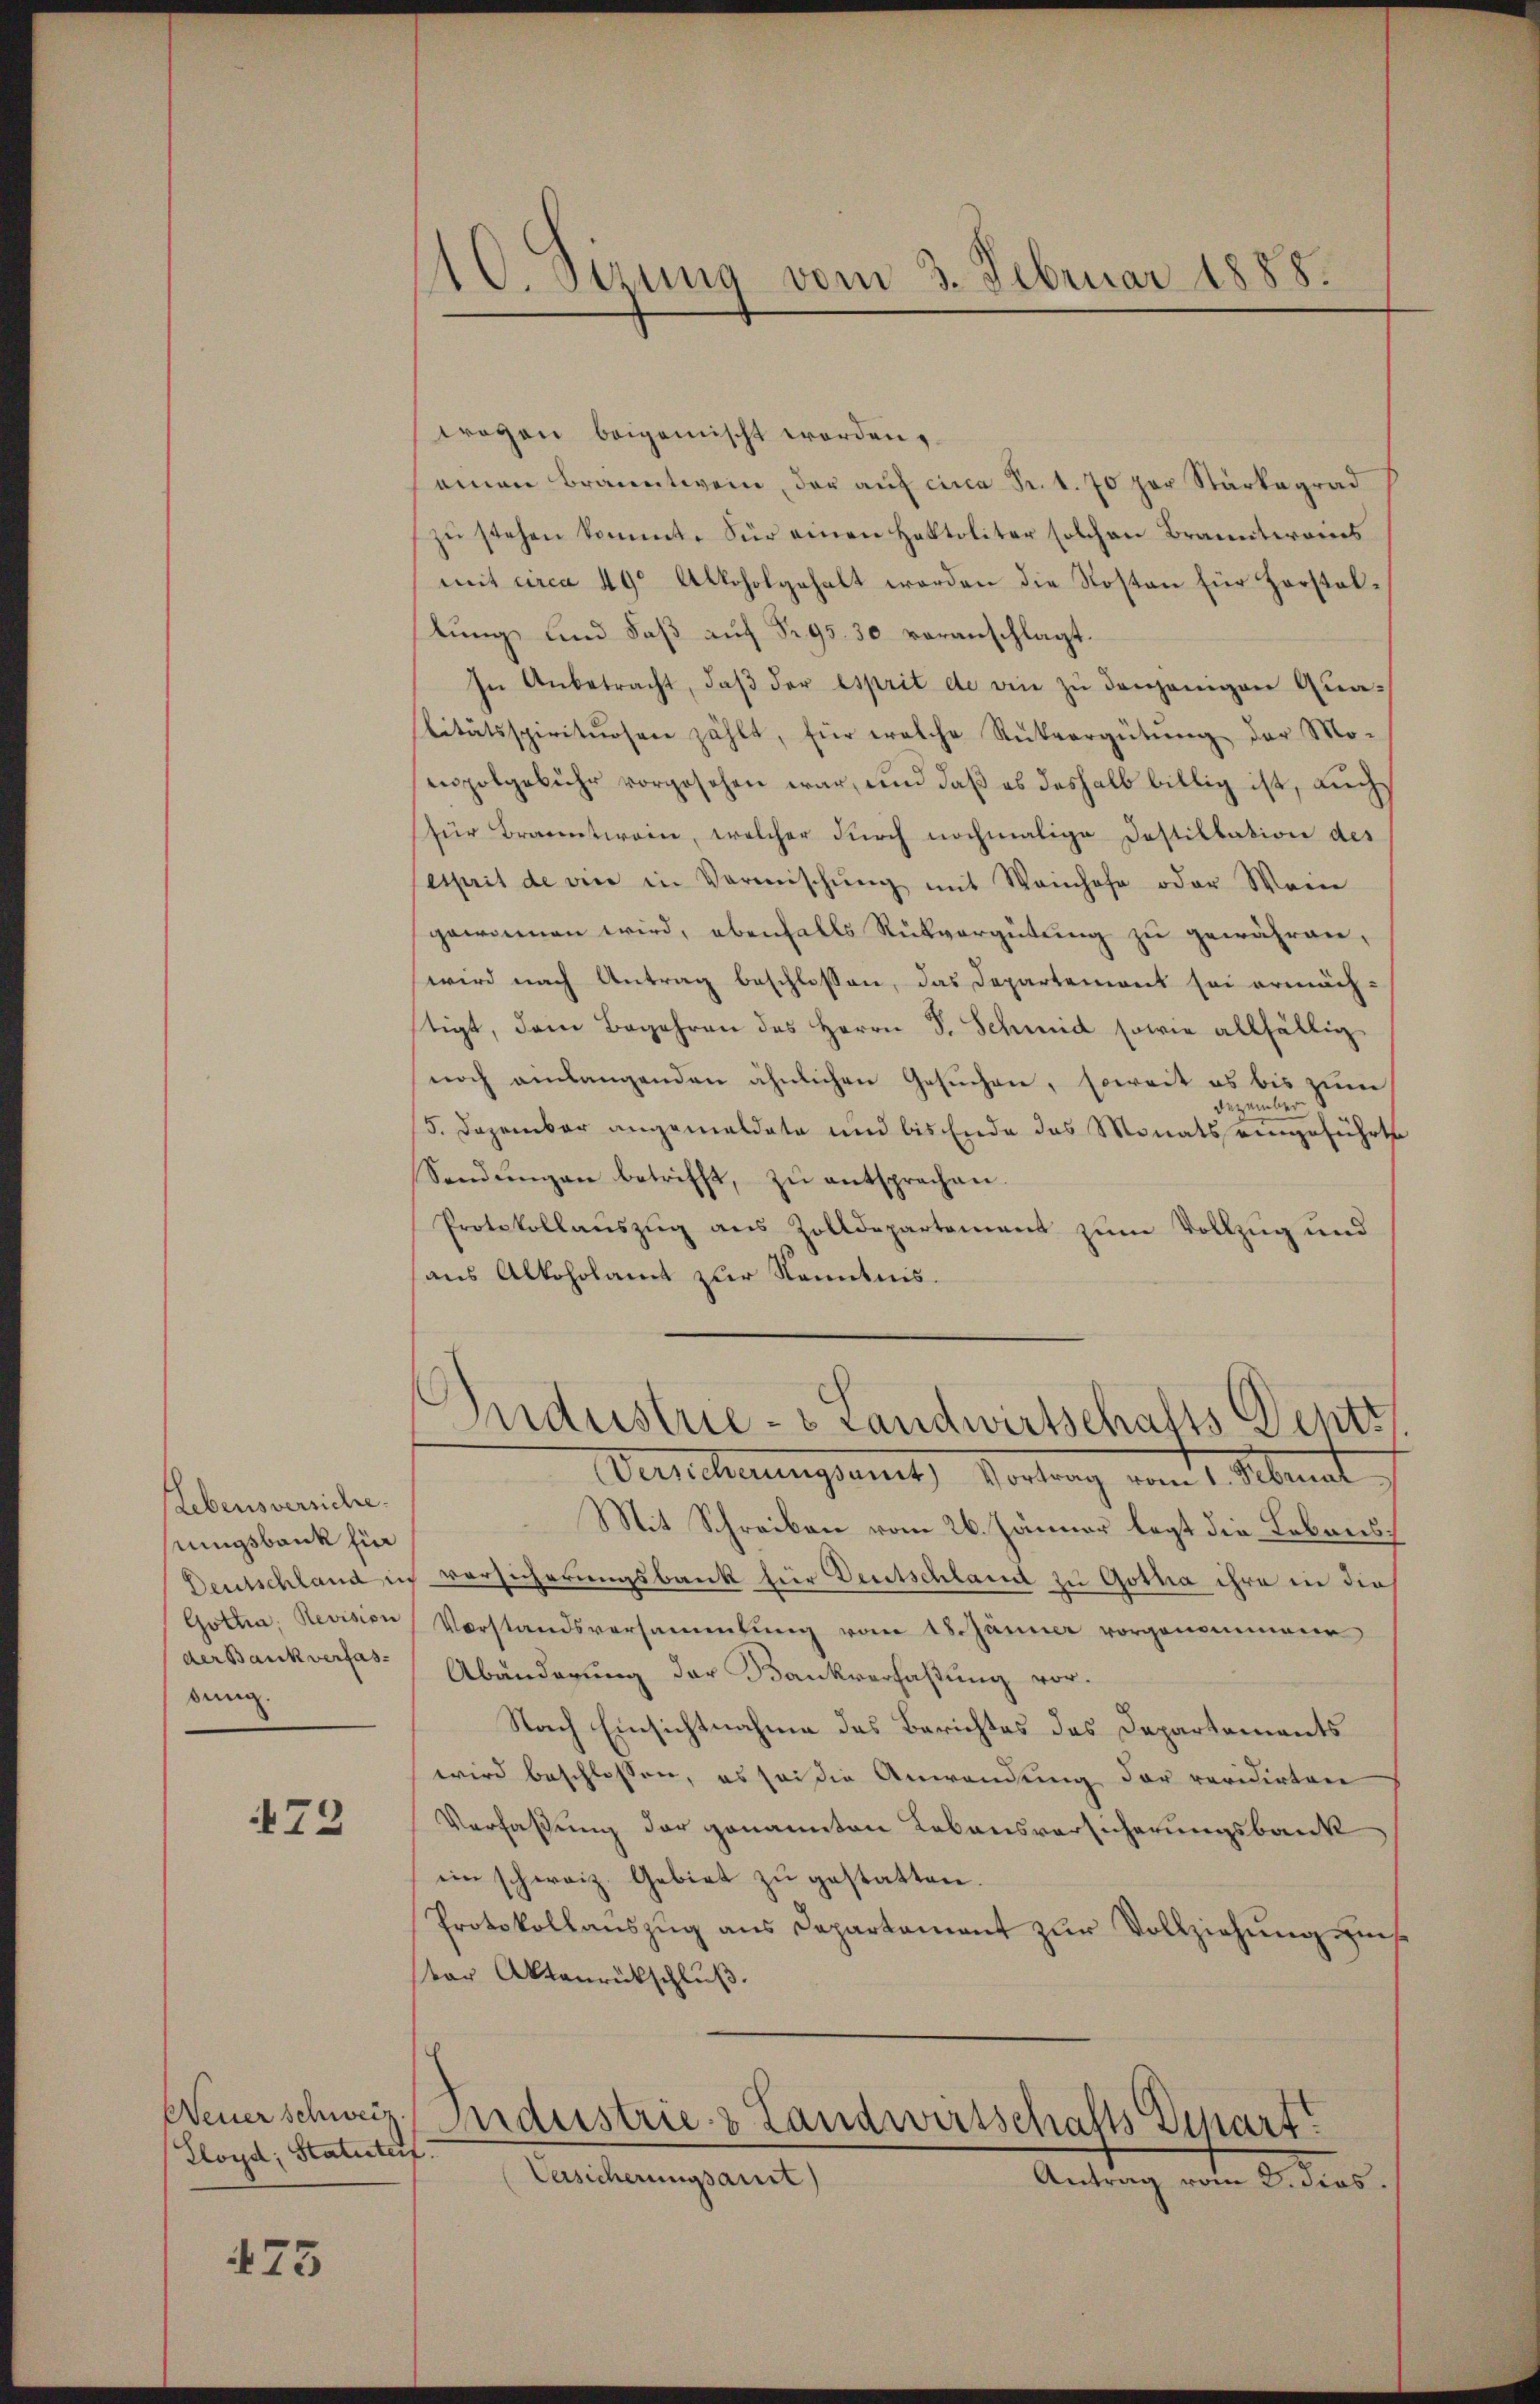
Lebensversiche.
stungsbank für
der Bank verfasdung.

473

Neuer schweiz.
Lloyd; Statuterf

475

10. Sitzung vom 3. Februar 1888.

wogen beigemischt worden.
einen Branntwein, der auf circa Fr. 1. 70 per Stärke grad
zu stehen kommt. Für einen Holtoliter solchen Branntweins
mit circa 49 Alkoholgehalt werden die Kosten für Hersteltung und daß auf Fr. 95. 30 voranschlagt.
In Anbetracht, daβ der esprit de ein zu denjenigen Qua-
titätsspirituosen zählt, für welche Rückvergütŭng der Mo-
enpolgebühr vorgesehen war, und daß es deshalb billig ist, auch
für Branntwein, welcher durch nochmalige Destillation des
esprit de vier in Vermischŭng mit Weinhofe oder Wein
gewinnen wird, ebenfalls Rückvergütung zu gewähren,
wird nach Antrag beschlossen, das Departemont sei ermäch-
stigt, dem Begehren des Herrn F. Schmid sowie allfällig
noch einlangenden ähnlichen Gesuchen, soweit es bis zum
Dezember
/5. Dezember angemeldete und bis Ende das Monats eingeführte
Sandŭngen betrifft, zŭ entsprechen.
Protokollaŭszŭg aŭs Zolldepartement zŭm Vollzug und
aus Alkoholamt zur Kenntnis.
c
Industrie- & Landwirtschafts Deptt
Versicherungsamt Vorhang von 1. Manat
Mit Schreiben vom 26. Jänner legt die Lebens¬
Deutschland in versicherungsbank für Deutschland zu Gotha ihre in die
Gotha, Revision Vorstandsversammlung vom 18. Jänner vorgenommene
Abänderung der Bankverfaßung vor.
Nach Einsichtnahme des Berichtes des Departements
wird beschlossen, es sei die Anwendung der revidirten
Verfaßung der genannten Lebensversicherungsbank
ein schweiz. Gebiet zŭ gestatten.
Protokollauszug aus Departement zur Vollziehung zus
ter Aktenrückschluß.
Industrie & Landwirtschafts Depart.
Versicherungsaut)
Antrag vom 8. dies.